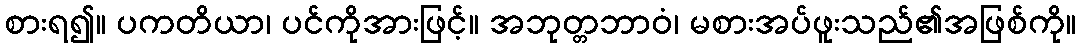
စားရ၍။ ပကတိယာ၊ ပင်ကိုအားဖြင့်။ အဘုတ္တဘာဝံ၊ မစားအပ်ဖူးသည်၏အဖြစ်ကို။